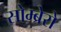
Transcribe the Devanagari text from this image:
सोम्ब्रेरो